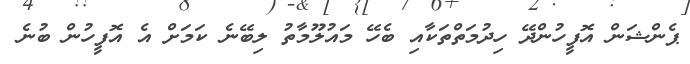
ޕެންްޝަން އޮފީހުންދޭ ހިދުމަތްތަކާއި ބެހޭ މައުލޫމާތު ލިބޭނެ ކަމަށް އެ އޮފީހުން ބުނެ